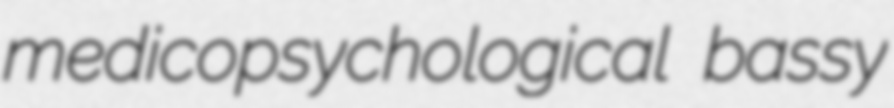
medicopsychological bassy